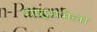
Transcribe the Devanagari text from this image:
राष्ट्रसभेला